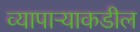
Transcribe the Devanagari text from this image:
व्यापाऱ्याकडील